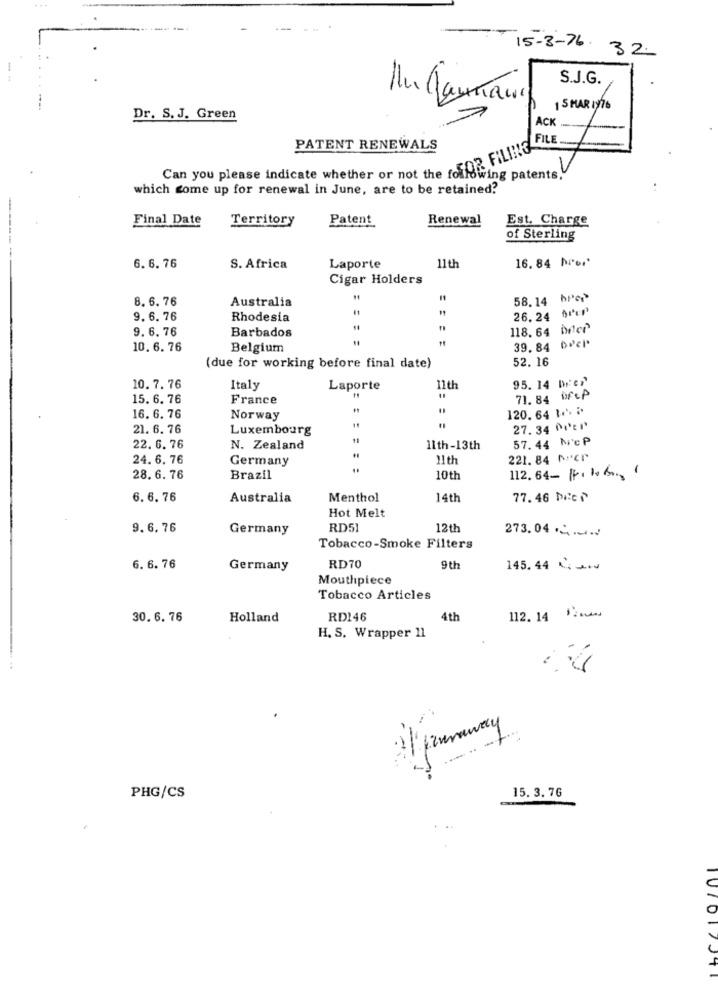
...
15-3-76.
32.
S.J.G.
In Janraw
15 MAR 1976
Dr. S. J. Green
ACK
FILE
PATENT RENEWALS
Can you please indicate whether or not the OR FILING
owing patents,
which come up for renewal in June, are to be retained?
Final Date
Territory
Patent
Renewal
Est. Charge
of Sterling
16. 84 M'or'
6. 6. 76
S. Africa
Laporte
11th
Cigar Holders
8. 6. 76
Australia
58. 14 hPc
26,24 0i⑈
9. 6. 76
Rhodesia
9. 6.76
Barbados
118. 64 beer
39,84 6⑈cl
10. 6. 76
Belgium
52. 16
(due for working before final date)
95. 14 br: er
10.7.76
Italy
Laporte
11th
15. 6. 76
France
t
71.84 DFCP
120. 64 1 .. ..
16. 6. 76
Norway
21. 6. 76
Luxembourg
27.34 0⑈er
11
57.44 McP
22. 6. 76
N. Zealand
11th-13th
24. 6. 76
Germany
11 th
221. 84 Ner
28.6.76
Brazil
10th
112.64-111061
6.6. 76
Australia
Menthol
14th
77. 46 Dici
Hot Melt
9.6.76
Germany
RD51
12th
273.04.
Tobacco-Smoke Filters
6. 6.76
Germany
RD70
9 th
145.44 000
Mouthpiece
Tobacco Articles
112. 14 1200.
30.6. 76
Holland
RD146
4th
H. S. Wrapper 11
15. 3. 76
PHG/CS
10/017341